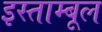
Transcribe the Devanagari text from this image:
इस्ताम्बूल